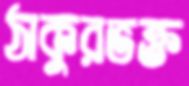
ঠাকুরভক্ত